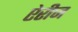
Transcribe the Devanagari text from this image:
ऐरीज